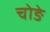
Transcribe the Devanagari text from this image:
चोङे